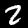
Digit: 2